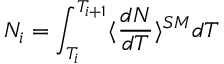
N _ { i } = \int _ { T _ { i } } ^ { T _ { i + 1 } } \langle \frac { d N } { d T } \rangle ^ { S M } d T